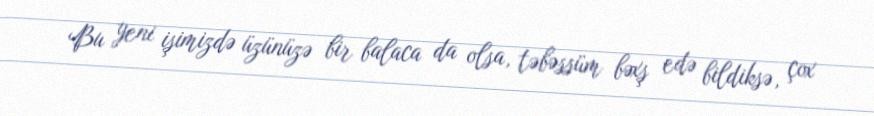
Bu yeni işimizdə üzünüzə bir balaca da olsa, təbəssüm bəxş edə bildiksə, çox